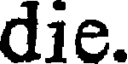
die.